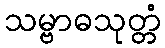
သမ္ဗာဓသုတ္တံ